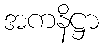
အကနိဋ္ဌာ